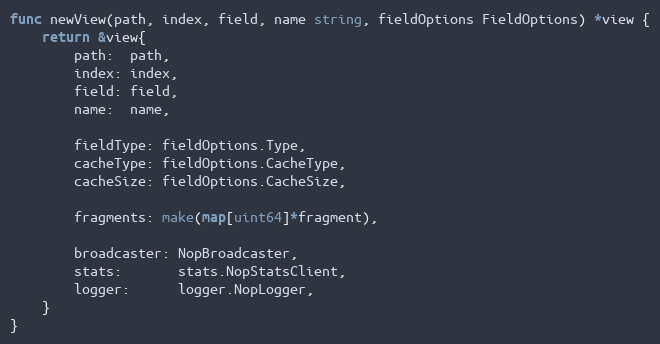
Language: Go
func newView(path, index, field, name string, fieldOptions FieldOptions) *view {
	return &view{
		path:  path,
		index: index,
		field: field,
		name:  name,

		fieldType: fieldOptions.Type,
		cacheType: fieldOptions.CacheType,
		cacheSize: fieldOptions.CacheSize,

		fragments: make(map[uint64]*fragment),

		broadcaster: NopBroadcaster,
		stats:       stats.NopStatsClient,
		logger:      logger.NopLogger,
	}
}